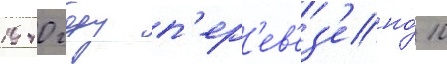
1940 году п'ер'ев'ез'ено́ 10